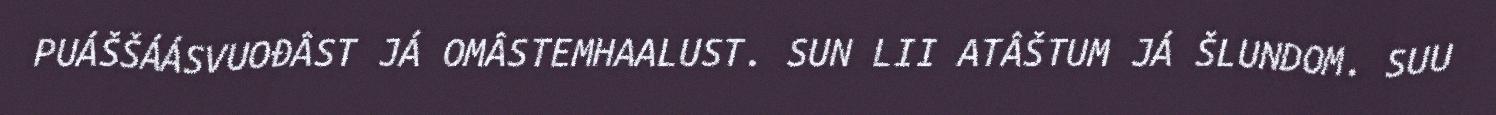
PUÁŠŠÁÁSVUOĐÂST JÁ OMÂSTEMHAALUST. SUN LII ATÂŠTUM JÁ ŠLUNDOM. SUU